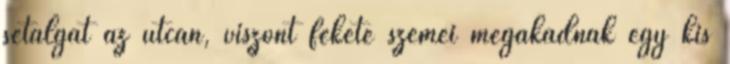
sétálgat az utcán, viszont fekete szemei megakadnak egy kis